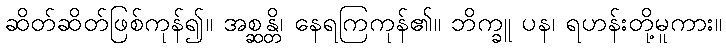
ဆိတ်ဆိတ်ဖြစ်ကုန်၍။ အစ္ဆန္တိ၊ နေရကြကုန်၏။ ဘိက္ခူ ပန၊ ရဟန်းတို့မူကား။